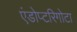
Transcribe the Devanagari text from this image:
एंडोप्टरिगोटा